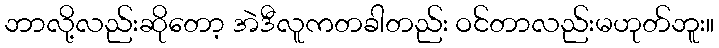
ဘာလို့လည်းဆိုတော့ အဲဒီလူကတခါတည်း ဝင်တာလည်းမဟုတ်ဘူး။